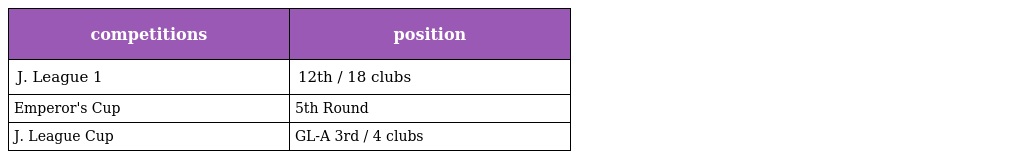
| competitions | position |
 | --- | --- |
 | J. League 1 | 12th / 18 clubs |
 | Emperor's Cup | 5th Round |
 | J. League Cup | GL-A 3rd / 4 clubs |